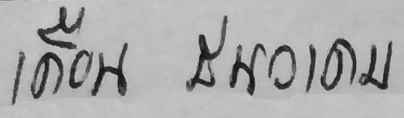
เดือนธันวาคม